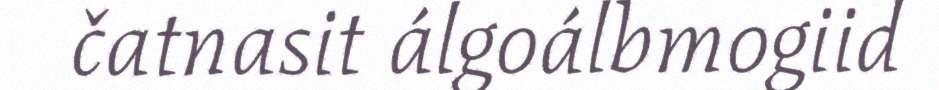
čatnasit álgoálbmogiid